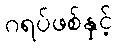
ဂရပ်ဖစ်နှင့်